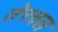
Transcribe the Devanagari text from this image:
तेरवल